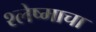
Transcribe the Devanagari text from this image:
श्लेष्माचा